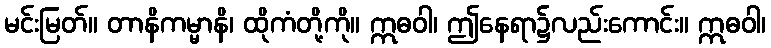
မင်းမြတ်။ တာနိကမ္မာနိ၊ ထိုကံတို့ကို။ ဣဓဝါ၊ ဤနေရာ၌လည်းကောင်း။ ဣဓဝါ၊